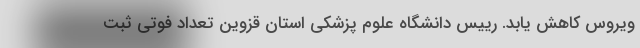
ویروس کاهش یابد. رییس دانشگاه علوم پزشکی استان قزوین تعداد فوتی ثبت